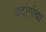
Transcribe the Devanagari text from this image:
वेदांगांचा